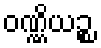
ဝဏ္ဏိယဉ္စ